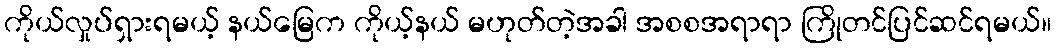
ကိုယ်လှုပ်ရှားရမယ့် နယ်မြေက ကိုယ့်နယ် မဟုတ်တဲ့အခါ အစစအရာရာ ကြိုတင်ပြင်ဆင်ရမယ်။